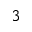
3